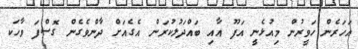
އަހަރެން ހަވީރުން މިއުޅެނީ އަފޫ އާއި ބައްދަލުކުރަން އެގެއަށް ދާންވެގެން ގޮސްފަ ވާހަކ